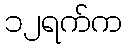
၁၂ရက်က